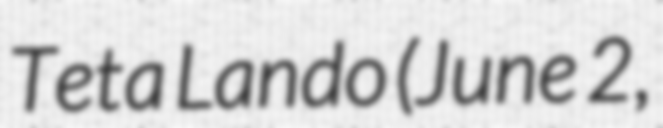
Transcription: Teta Lando (June 2,